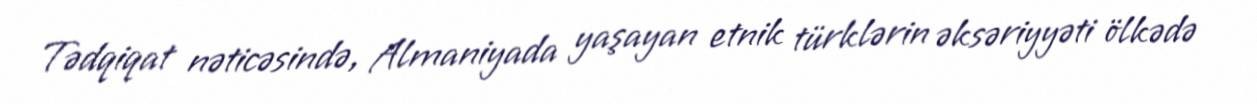
Tədqiqat nəticəsində, Almaniyada yaşayan etnik türklərin əksəriyyəti ölkədə